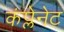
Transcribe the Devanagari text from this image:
कंप्लेनेट